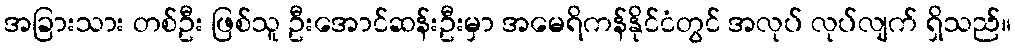
အခြားသား တစ်ဦး ဖြစ်သူ ဦးအောင်ဆန်းဦးမှာ အမေရိကန်နိုင်ငံတွင် အလုပ် လုပ်လျက် ရှိသည်။